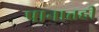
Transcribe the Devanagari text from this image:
पानातही